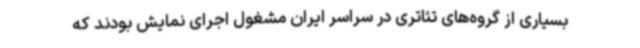
بسیاری از گروه‌های تئاتری در سراسر ایران مشغول اجرای نمایش بودند که